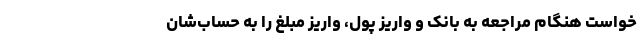
خواست هنگام مراجعه به بانک و واریز پول، واریز مبلغ را به حساب‌شان